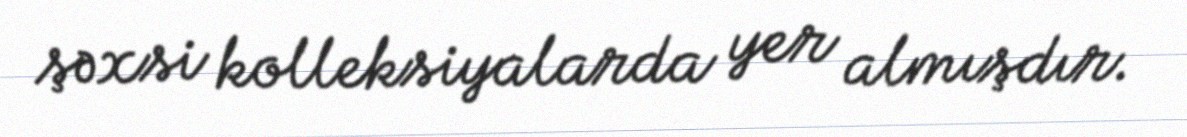
şəxsi kolleksiyalarda yer almışdır.